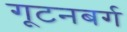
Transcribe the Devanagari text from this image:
गूटनबर्ग